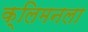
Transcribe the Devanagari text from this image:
क्लिमनला